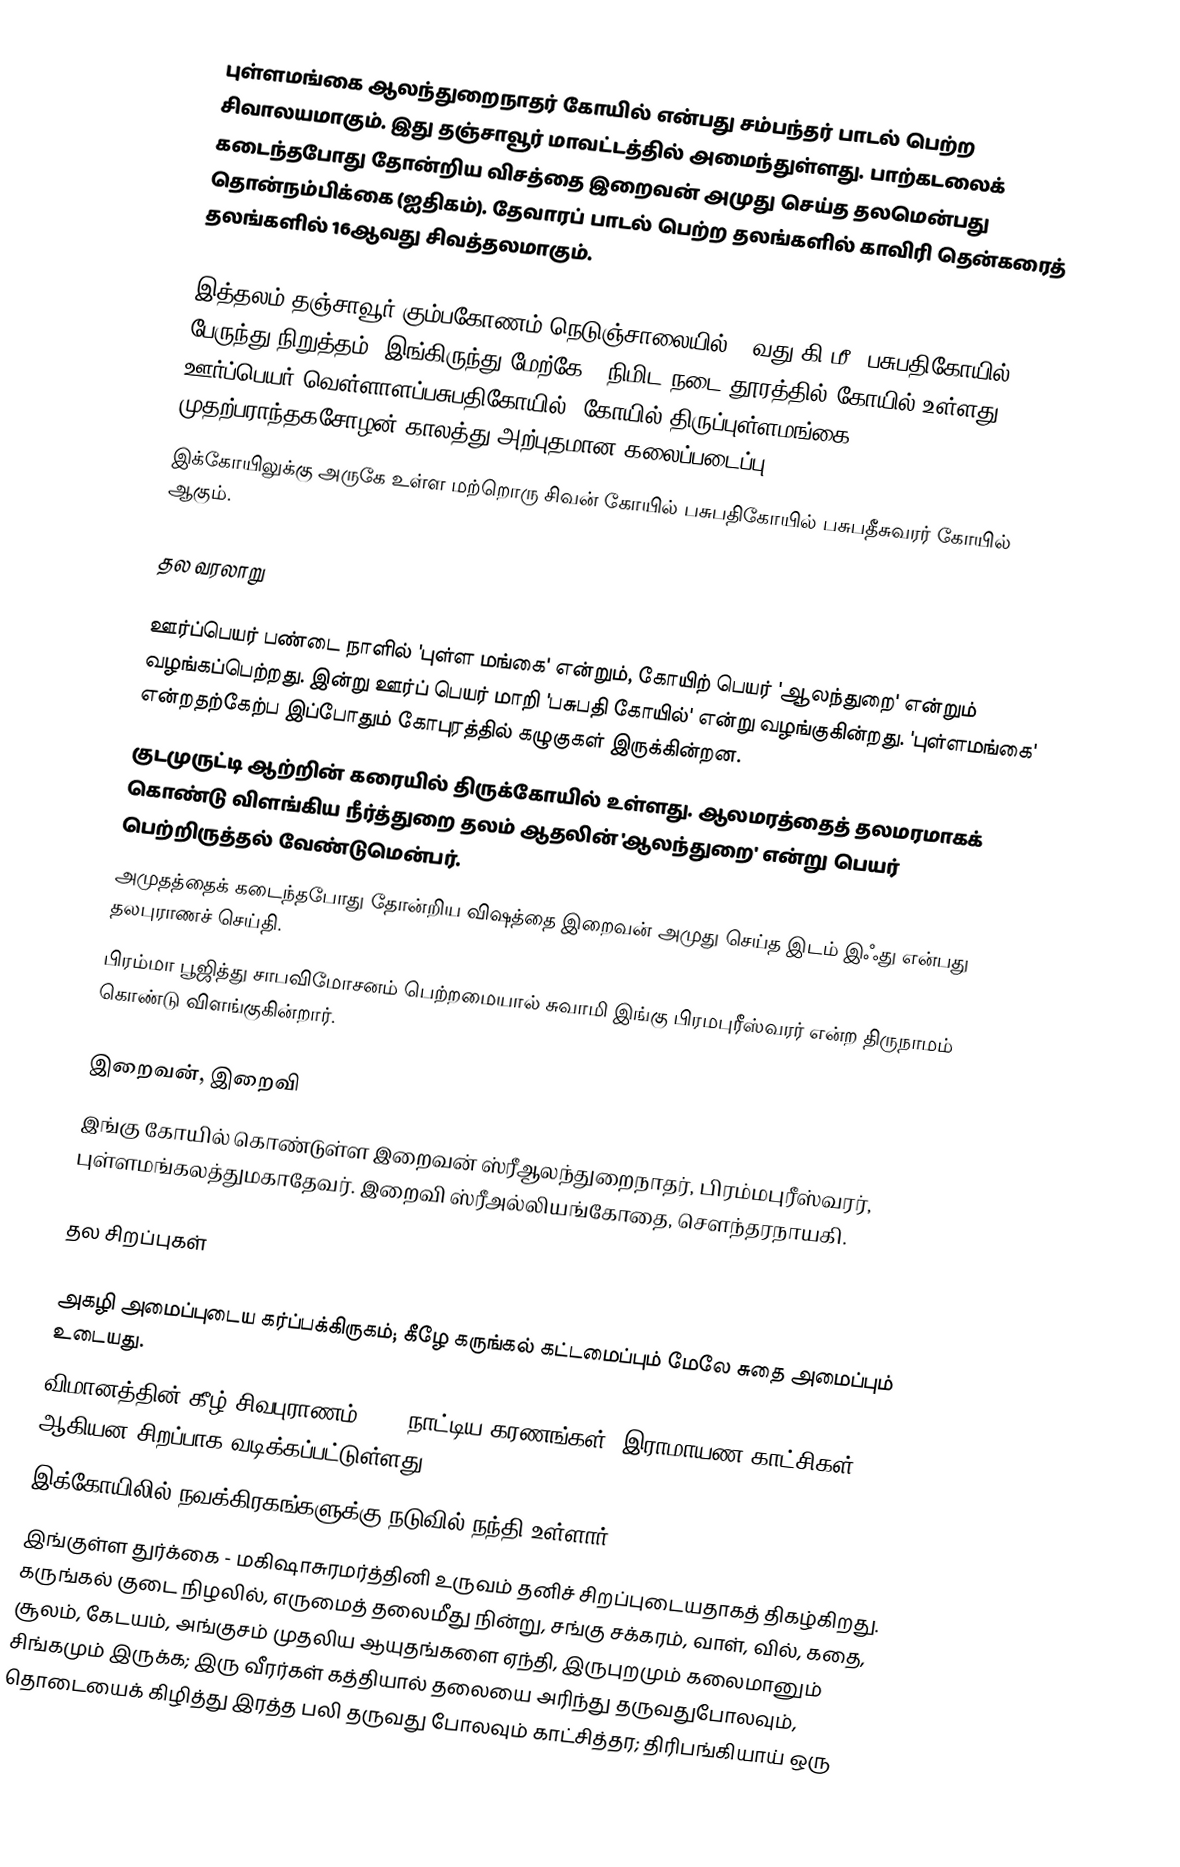
புள்ளமங்கை ஆலந்துறைநாதர் கோயில் என்பது சம்பந்தர் பாடல் பெற்ற சிவாலயமாகும். இது தஞ்சாவூர் மாவட்டத்தில் அமைந்துள்ளது. பாற்கடலைக் கடைந்தபோது தோன்றிய விசத்தை இறைவன் அமுது செய்த தலமென்பது தொன்நம்பிக்கை (ஐதிகம்).  தேவாரப் பாடல் பெற்ற தலங்களில் காவிரி தென்கரைத் தலங்களில் 16ஆவது சிவத்தலமாகும்.

இத்தலம் தஞ்சாவூர்-கும்பகோணம் நெடுஞ்சாலையில் 14வது கி.மீ. பசுபதிகோயில் பேருந்து நிறுத்தம். இங்கிருந்து மேற்கே 5 நிமிட நடை தூரத்தில் கோயில் உள்ளது. ஊர்ப்பெயர் வெள்ளாளப்பசுபதிகோயில். கோயில் திருப்புள்ளமங்கை முதற்பராந்தகசோழன் காலத்து அற்புதமான கலைப்படைப்பு.
இக்கோயிலுக்கு அருகே உள்ள மற்றொரு சிவன் கோயில் பசுபதிகோயில் பசுபதீசுவரர் கோயில் ஆகும்.

தல வரலாறு

ஊர்ப்பெயர் பண்டை நாளில் 'புள்ள மங்கை' என்றும், கோயிற் பெயர் 'ஆலந்துறை' என்றும் வழங்கப்பெற்றது. இன்று ஊர்ப் பெயர் மாறி 'பசுபதி கோயில்' என்று வழங்குகின்றது. 'புள்ளமங்கை' என்றதற்கேற்ப இப்போதும் கோபுரத்தில் கழுகுகள் இருக்கின்றன.
குடமுருட்டி ஆற்றின் கரையில் திருக்கோயில் உள்ளது. ஆலமரத்தைத் தலமரமாகக் கொண்டு விளங்கிய நீர்த்துறை தலம் ஆதலின் 'ஆலந்துறை' என்று பெயர் பெற்றிருத்தல் வேண்டுமென்பர்.
அமுதத்தைக் கடைந்தபோது தோன்றிய விஷத்தை இறைவன் அமுது செய்த இடம் இஃது என்பது தலபுராணச் செய்தி.
பிரம்மா பூஜித்து சாபவிமோசனம் பெற்றமையால் சுவாமி இங்கு பிரமபுரீஸ்வரர் என்ற திருநாமம் கொண்டு விளங்குகின்றார்.

இறைவன், இறைவி
இங்கு கோயில் கொண்டுள்ள இறைவன் ஸ்ரீஆலந்துறைநாதர், பிரம்மபுரீஸ்வரர், புள்ளமங்கலத்துமகாதேவர். இறைவி ஸ்ரீஅல்லியங்கோதை, சௌந்தரநாயகி.

தல சிறப்புகள்

அகழி அமைப்புடைய கர்ப்பக்கிருகம்; கீழே கருங்கல் கட்டமைப்பும் மேலே சுதை அமைப்பும் உடையது.
விமானத்தின் கீழ் சிவபுராணம், 108 நாட்டிய கரணங்கள், இராமாயண காட்சிகள் ஆகியன சிறப்பாக வடிக்கப்பட்டுள்ளது.
 இக்கோயிலில் நவக்கிரகங்களுக்கு நடுவில் நந்தி உள்ளார்.
இங்குள்ள துர்க்கை - மகிஷாசுரமர்த்தினி உருவம் தனிச் சிறப்புடையதாகத் திகழ்கிறது. கருங்கல் குடை நிழலில், எருமைத் தலைமீது நின்று, சங்கு சக்கரம், வாள், வில், கதை, சூலம், கேடயம், அங்குசம் முதலிய ஆயுதங்களை ஏந்தி, இருபுறமும் கலைமானும் சிங்கமும் இருக்க; இரு வீரர்கள் கத்தியால் தலையை அரிந்து தருவதுபோலவும், தொடையைக் கிழித்து இரத்த பலி தருவது போலவும் காட்சித்தர; திரிபங்கியாய் ஒரு